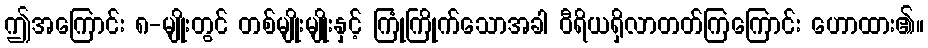
ဤအကြောင်း ၈-မျိုးတွင် တစ်မျိုးမျိုးနှင့် ကြုံကြိုက်သောအခါ ဝီရိယရှိလာတတ်ကြကြောင်း ဟောထား၏။